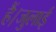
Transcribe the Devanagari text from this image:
हैं।जुलाई